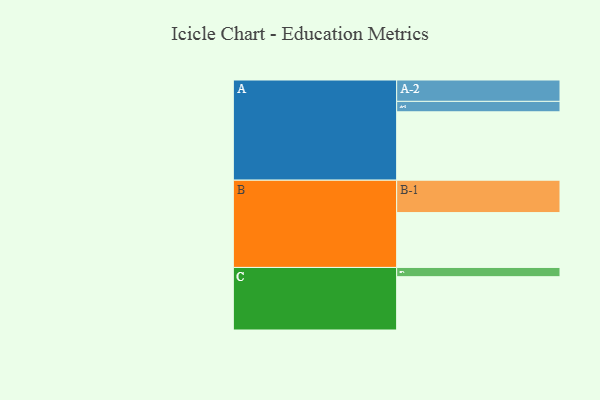
{"axis": {"x": "Segment", "y": "Value"}, "legend": ["", "A", "B", "C"], "data": [{"x": "A", "y": 576, "type": ""}, {"x": "B", "y": 462, "type": ""}, {"x": "C", "y": 449, "type": ""}, {"x": "A-1", "y": 88, "type": "A"}, {"x": "A-2", "y": 180, "type": "A"}, {"x": "B-1", "y": 273, "type": "B"}, {"x": "C-1", "y": 78, "type": "C"}]}